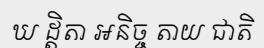
ឃ ដ្តិតា អនិច្ច តាយ ជាតិ